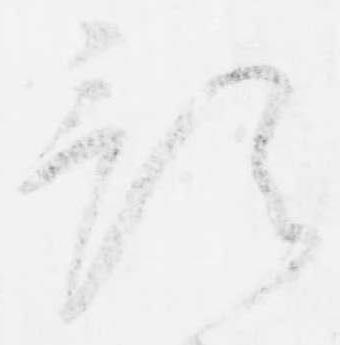
預